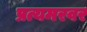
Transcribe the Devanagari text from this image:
प्रत्यमरवर